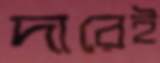
দারেই